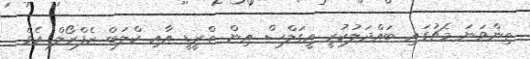
ތިންވަނަ މެޗުގައި ބައްދަލުކުރީ އީގަލްސް އިން ތްރީޑީ އާއި ކްލަބް ޒެފްރޯލް އެވެ.